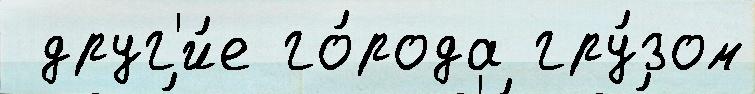
 друг'и́е го́рода гру́зом